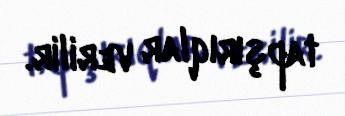
tapşırıqlar verilir.